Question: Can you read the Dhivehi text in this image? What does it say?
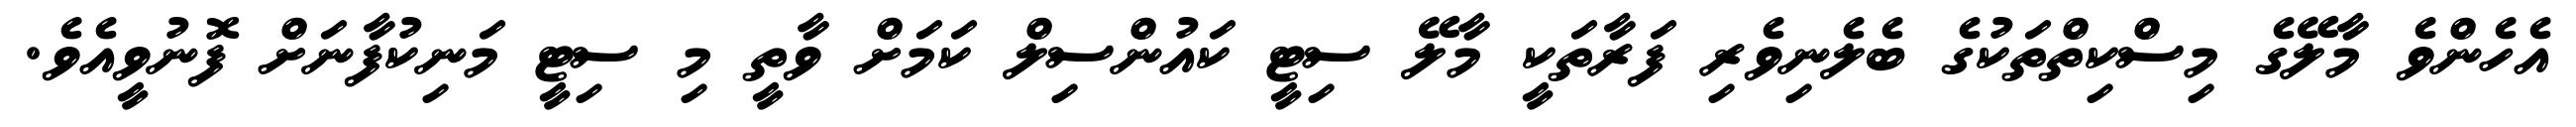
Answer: އެހެންވެ މާލޭގެ މިސްކިތްތަކުގެ ބެލެނިވެރި ފަރާތަކީ މާލޭ ސިޓީ ކައުންސިލް ކަމަށް ވާތީ މި ސިޓީ މަނިކުފާނަށް ފޮނުވީއެވެ.